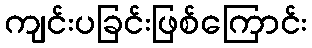
ကျင်းပခြင်းဖြစ်ကြောင်း